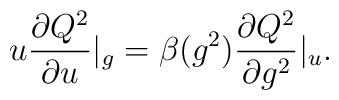
u\frac{\partial Q^2}{\partial u}|_g= \beta (g^2)\frac{\partial Q^2}{\partial g^2}|_u.